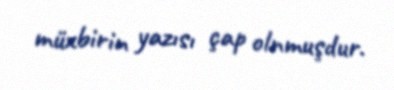
müxbirin yazısı çap olnmuşdur.